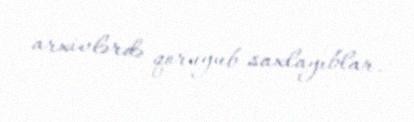
arxivlərdə qoruyub saxlayıblar.